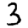
Digit: 3